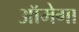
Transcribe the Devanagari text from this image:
ऑमेगा